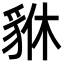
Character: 貅